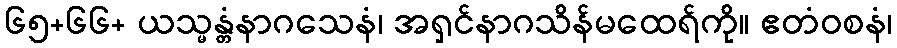
၆၅+၆၆+ ယသ္မန္တံနာဂသေနံ၊ အရှင်နာဂသိန်မထေရ်ကို။ ဧတံဝစနံ၊